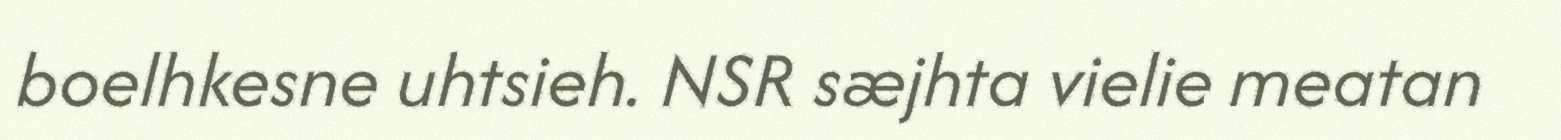
boelhkesne uhtsieh. NSR sæjhta vielie meatan